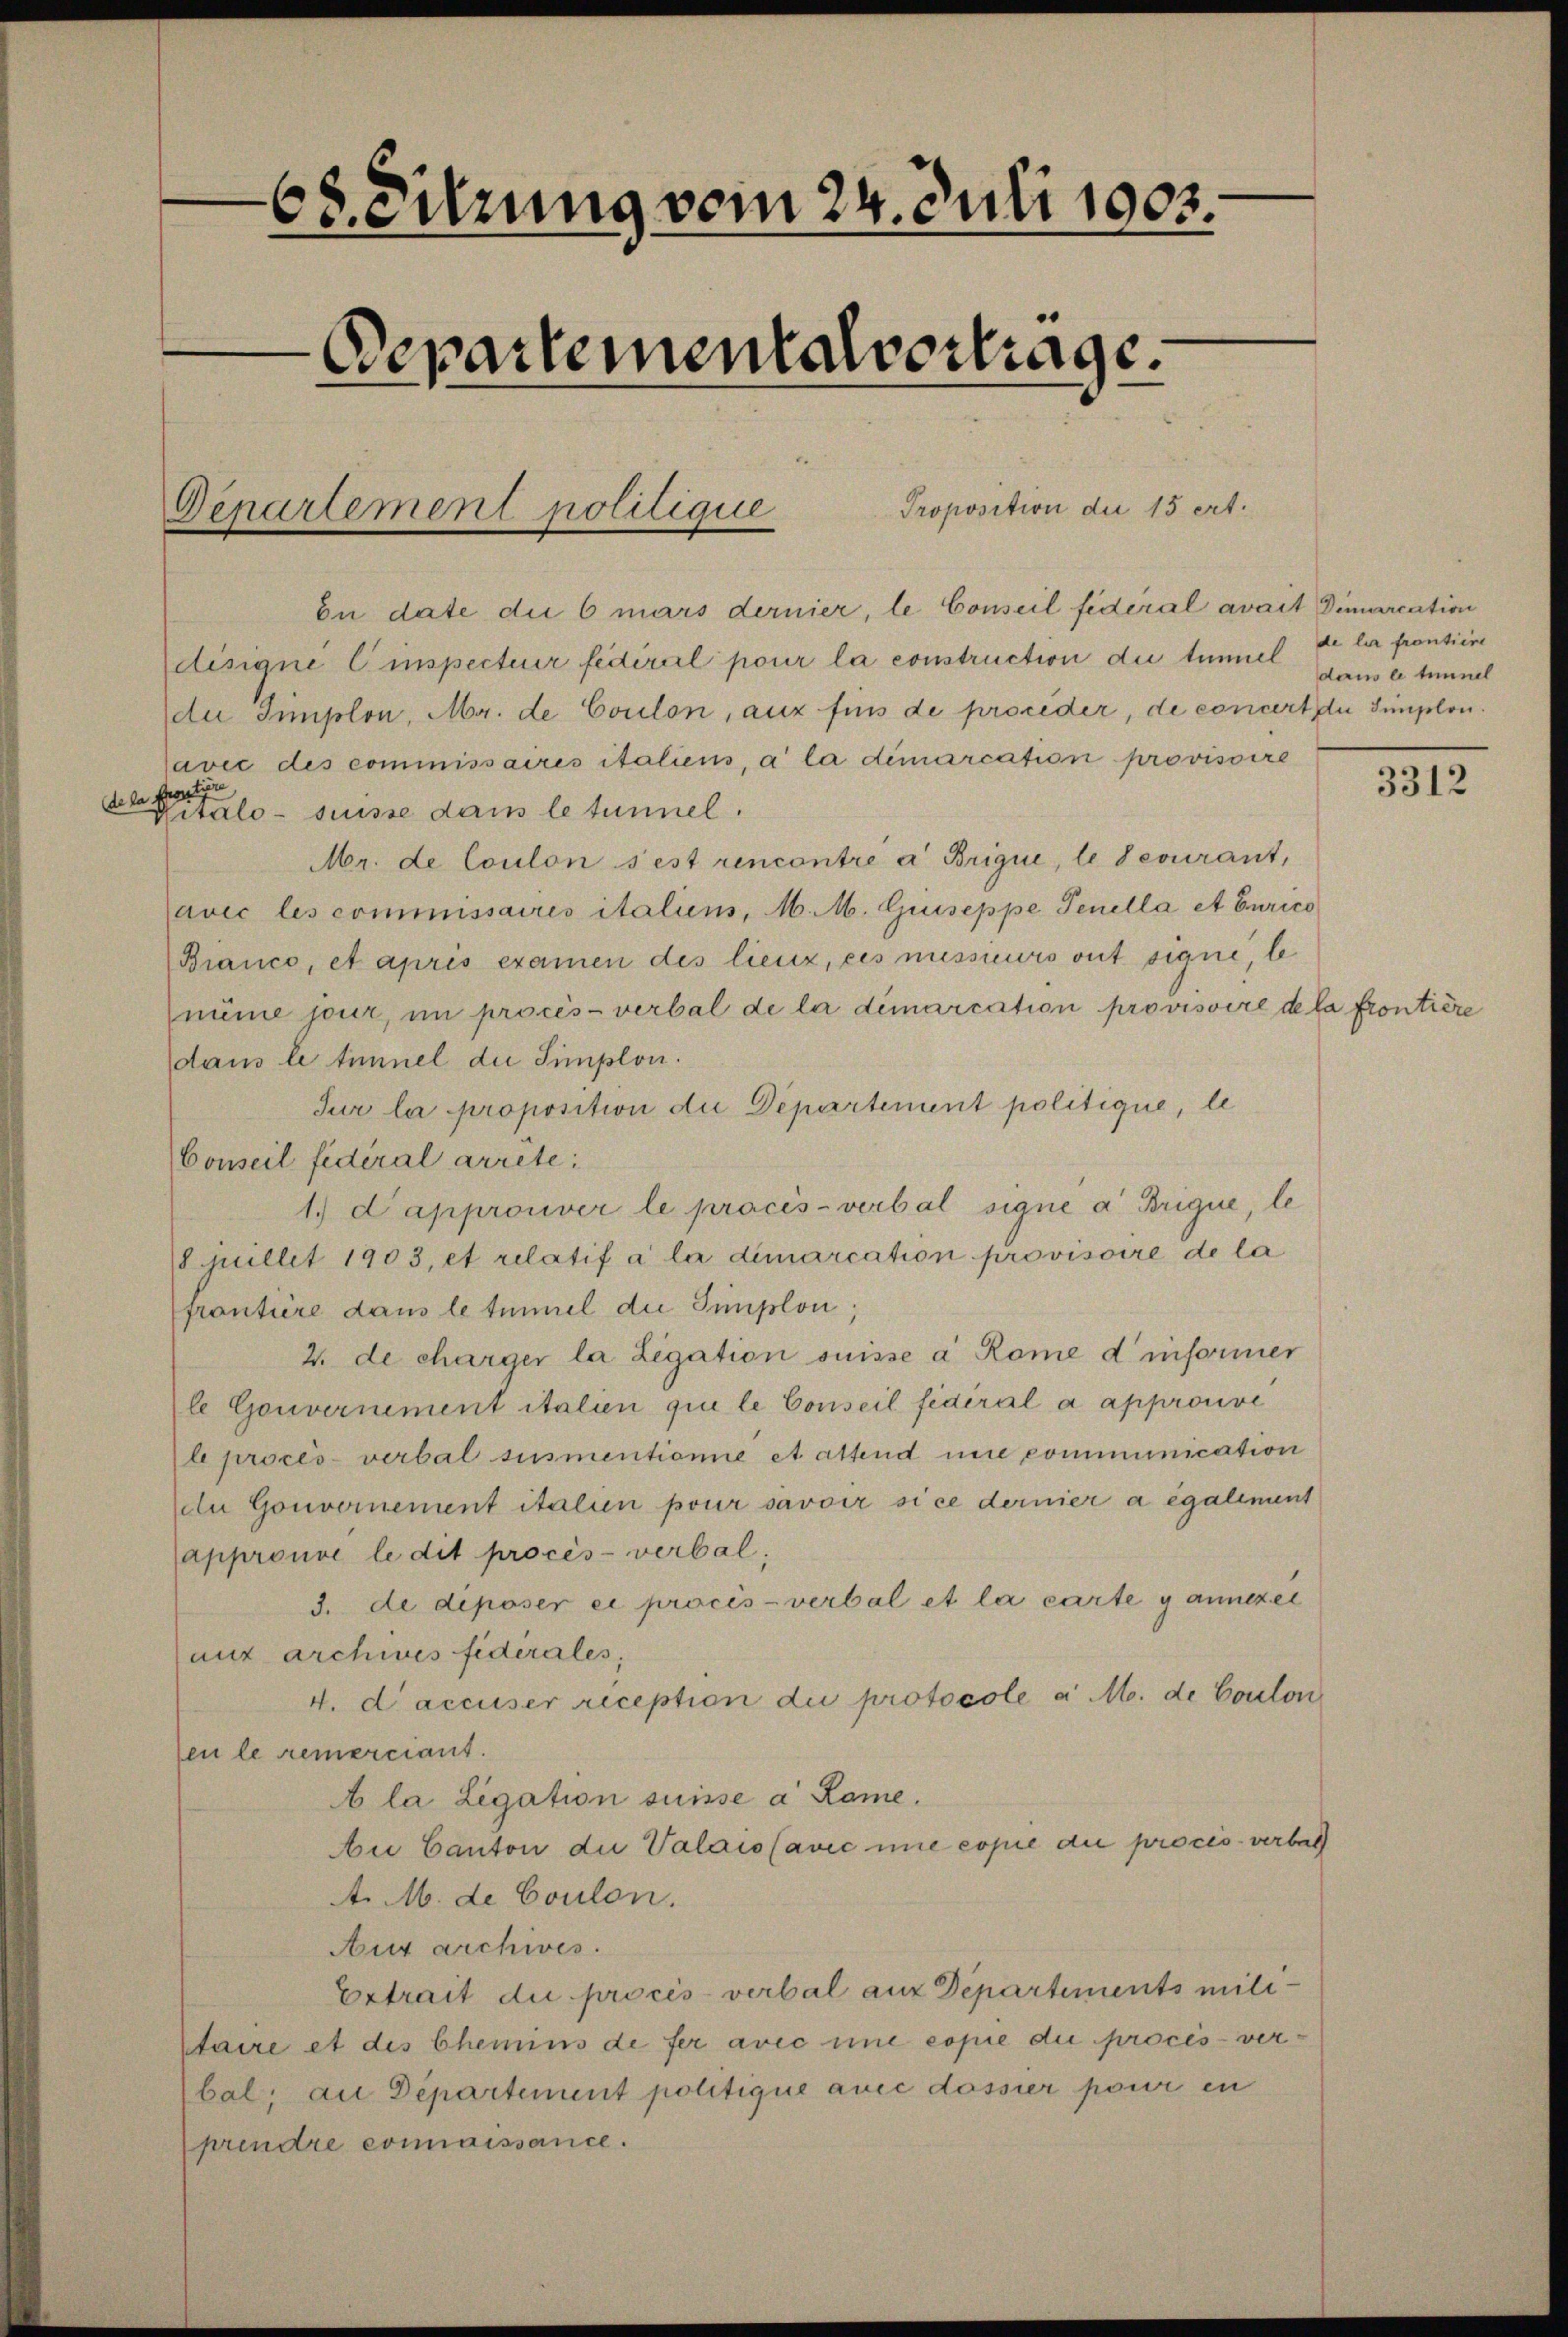
de la fertige

68. Eitzung vom 24. Juli 1903.
Departementalvertrage.
Proposition die 15 ert
Departement politique

bn date die 6 mars dernier, le Conseil fideral avait Dimarcation
disigne Einspecter fediral pour la construction die tümmel
de Implon, Mr. de Coulon, aux fürs de proceder, de concert der Simplon.
javec des commissaires italiens, a la dimarcation provisoire
Vitalo- suisse dans le tunnel.
Mr. de Coulon sest rencontre a Brique, le courant,
avec les commissaires italiens, M. M. Giuseppe Tenella et Curico
(Bianco, et apris examen des lieuz, ces misseurs ont signe, le
nüme jour, im procès-verbal de la démarcation provisoire de la frontiere
dans le timnel die Simplon.
Jur la proposition die Departement politique, le
Conseil fédéral arrête:
1.) dapprouver le procès-verbal signe a Brigue, le
8 juillet 1903, et relatif à la dimarcation provisoire de la
frontiere dans le tummel die Simplon;
2. de charger la Legation suisse a Rome d informer
le Gouvernement italien que le Conseil fédéral a approuvé
l procès-verbal susmentionne et attend nie communication
de Gouvernement italien pour savoir sice dernier a également
approuvé le dit procès-verbal;
3. de diposer ei procès-verbal et la carte gannezei
aux archives fidérales,
4. d’accuser reception die protocole a M. de Coulon
fen le remerciant.
A la Legation suisse a Rame.
Au Canton die Valais (avić une copie die procis verbach
A. M. de Coulon.
Aux archives.
Extrait die procès-verbal aus Departements mili
taire et des Chemins de fer avec une copie die procès-ver¬
(bal; an Departement politique auce dossier pour in
prendre connaissance.

de la frontiire
dans le tunnel

3312